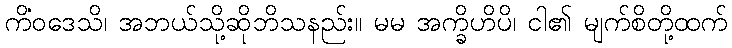
ကိံဝဒေသိ၊ အဘယ်သို့ဆိုဘိသနည်း။ မမ အက္ခိဟိပိ၊ ငါ၏ မျက်စိတို့ထက်